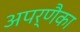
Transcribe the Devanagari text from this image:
अपर्णैका